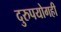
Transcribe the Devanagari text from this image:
दुरुपयोगही